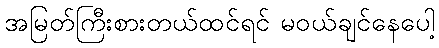
အမြတ်ကြီးစားတယ်ထင်ရင် မဝယ်ချင်နေပေါ့